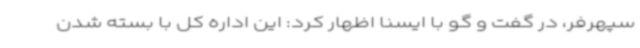
سپهرفر، در گفت و گو با ایسنا اظهار کرد: این اداره‌ کل با بسته شدن